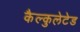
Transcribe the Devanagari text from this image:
कैल्कुलेटेड